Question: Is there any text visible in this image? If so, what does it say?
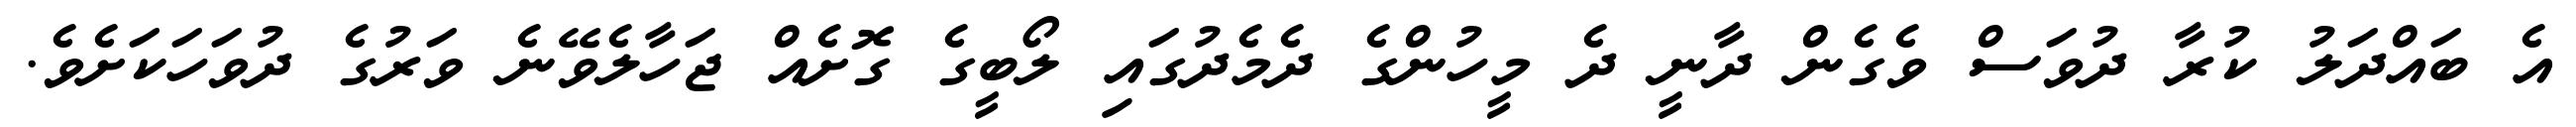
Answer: އެ ބައްދަލު ކުރާ ދުވަސް ވެގެން ދާނީ ދެ މީހުންގެ ދެމެދުގައި ލޯބީގެ ގޮށެއް ޖަހާލެވޭނެ ވަރުގެ ދުވަހަކަށެވެ.